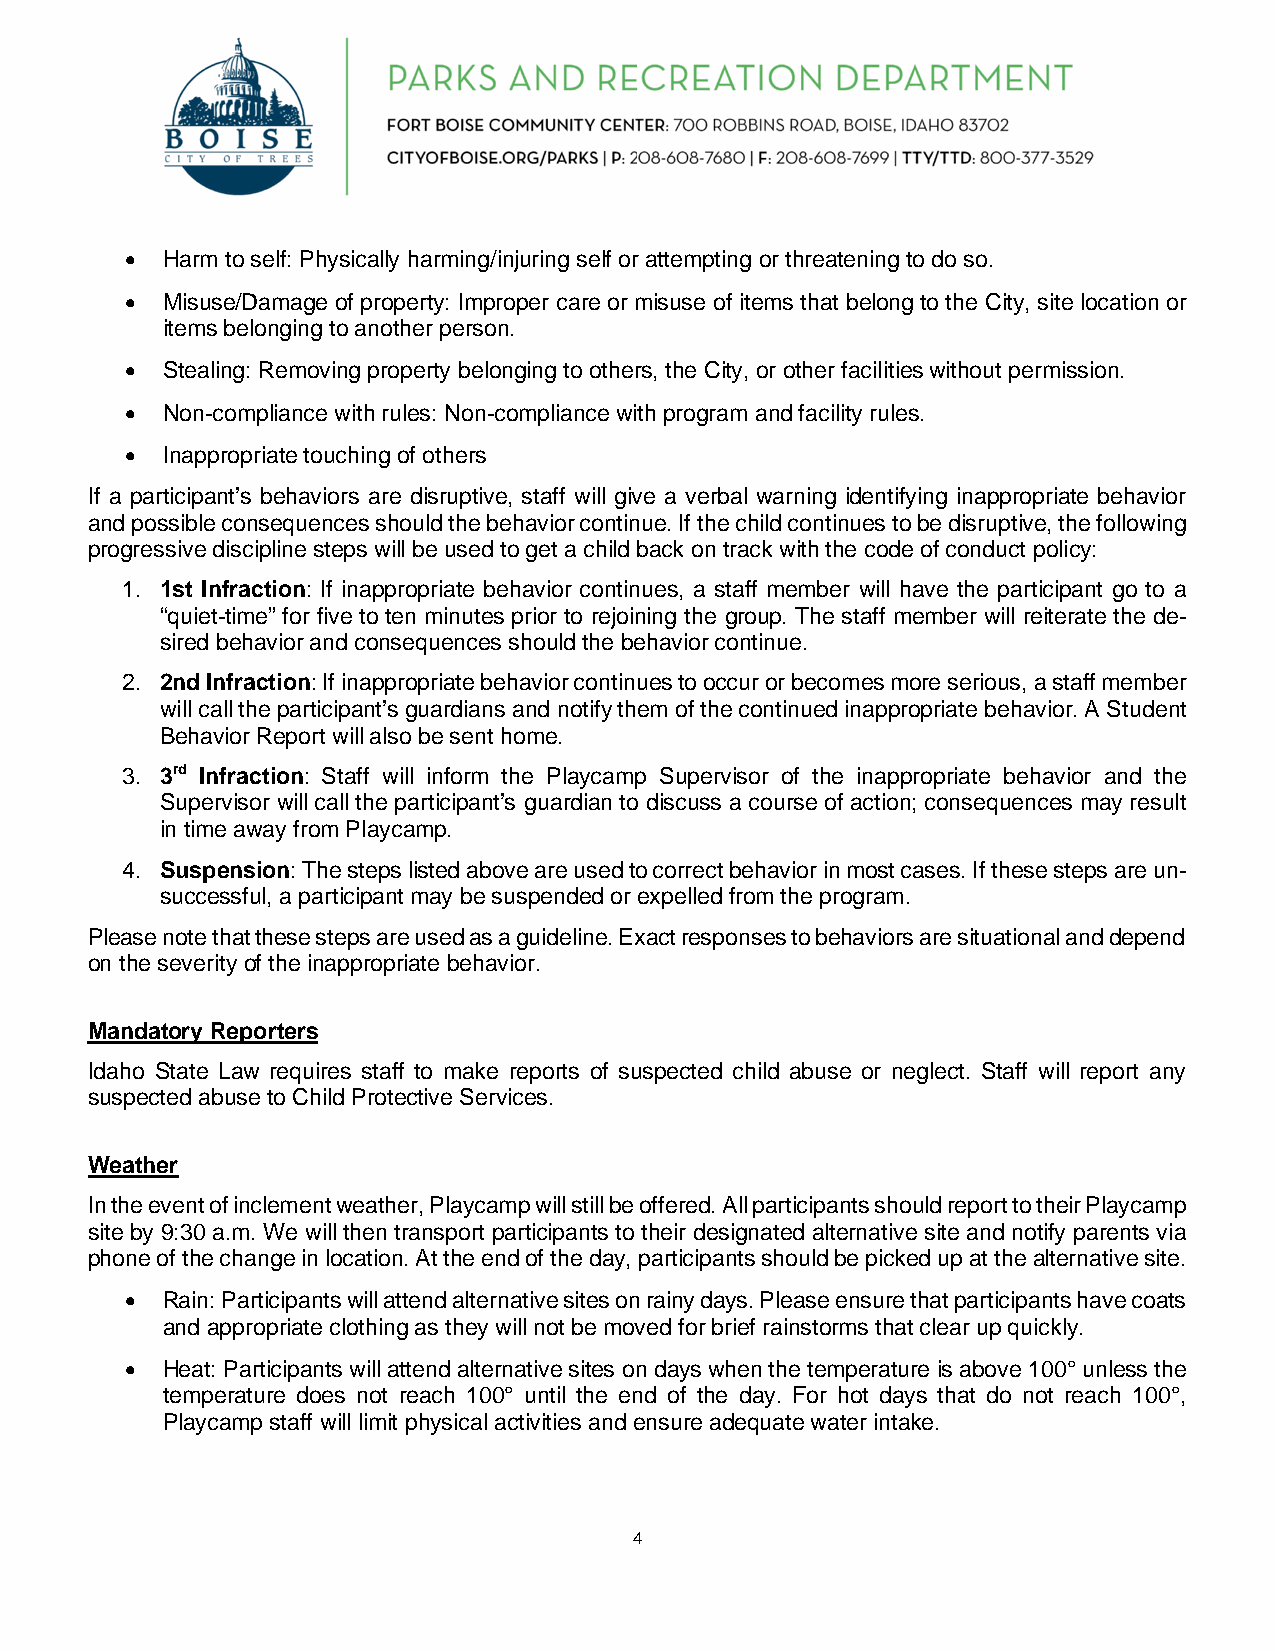
•  Harm to self: Physically harming/injuring self or attempting or threatening to do so.
 •  Misuse/Damage of property: Improper care or misuse of items that belong to the City, site location or
 items belonging to another person.
 •  Stealing: Removing property belonging to others, the City, or other facilities without permission.
 •  Non-compliance with rules: Non-compliance with program and facility rules.
 •  Inappropriate touching of others
 If a participant’s behaviors are disruptive, staff will give a verbal warning identifying inappropriate behavior
 and possible consequences should the behavior continue. If the child continues to be disruptive, the following
 progressive discipline steps will be used to get a child back on track with the code of conduct policy:
 1. 1st Infraction: If inappropriate behavior continues, a staff member will have the participant go to a
 “quiet-time” for five to ten minutes prior to rejoining the group. The staff member will reiterate the de-
 sired behavior and consequences should the behavior continue.
 2. 2nd Infraction: If inappropriate behavior continues to occur or becomes more serious, a staff member
 will call the participant’s guardians and notify them of the continued inappropriate behavior. A Student
 Behavior Report will also be sent home.
 3. 3rd Infraction: Staff will inform the Playcamp Supervisor of the inappropriate behavior and the
 Supervisor will call the participant’s guardian to discuss a course of action; consequences may result
 in time away from Playcamp.
 4. Suspension: The steps listed above are used to correct behavior in most cases. If these steps are un-
 successful, a participant may be suspended or expelled from the program.
 Please note that these steps are used as a guideline. Exact responses to behaviors are situational and depend
 on the severity of the inappropriate behavior.
 Mandatory Reporters
 Idaho State Law requires staff to make reports of suspected child abuse or neglect. Staff will report any
 suspected abuse to Child Protective Services.
 Weather
 In the event of inclement weather, Playcamp will still be offered. All participants should report to their Playcamp
 site by 9:30 a.m. We will then transport participants to their designated alternative site and notify parents via
 phone of the change in location. At the end of the day, participants should be picked up at the alternative site.
 •  Rain: Participants will attend alternative sites on rainy days. Please ensure that participants have coats
 and appropriate clothing as they will not be moved for brief rainstorms that clear up quickly.
 •  Heat: Participants will attend alternative sites on days when the temperature is above 100° unless the
 temperature does not reach 100° until the end of the day. For hot days that do not reach 100°,
 Playcamp staff will limit physical activities and ensure adequate water intake.
 4